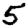
Digit: 5